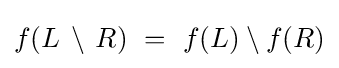
f(L\,\setminus \,R)~=~f(L)\setminus f(R)